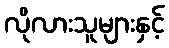
လိုလားသူများနှင့်